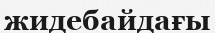
жидебайдағы